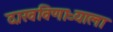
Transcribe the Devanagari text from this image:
दाखविणाऱ्याला